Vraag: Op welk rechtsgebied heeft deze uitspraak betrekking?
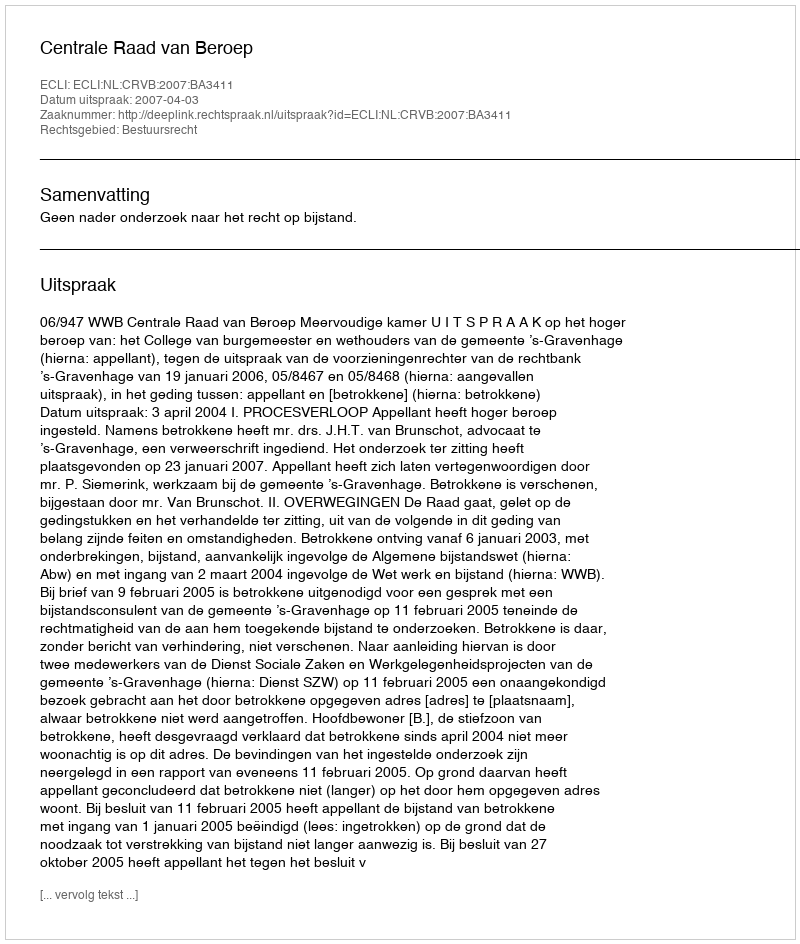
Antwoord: Bestuursrecht